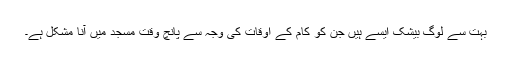
بہت سے لوگ بیشک ایسے ہیں جن کو کام کے اوقات کی وجہ سے پانچ وقت مسجد میں آنا مشکل ہے۔